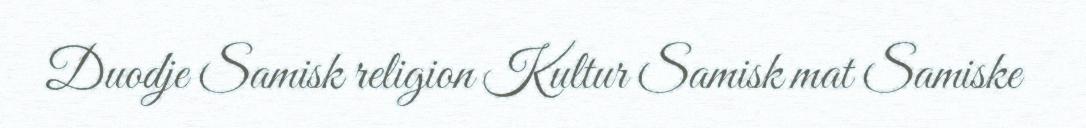
Duodje Samisk religion Kultur Samisk mat Samiske